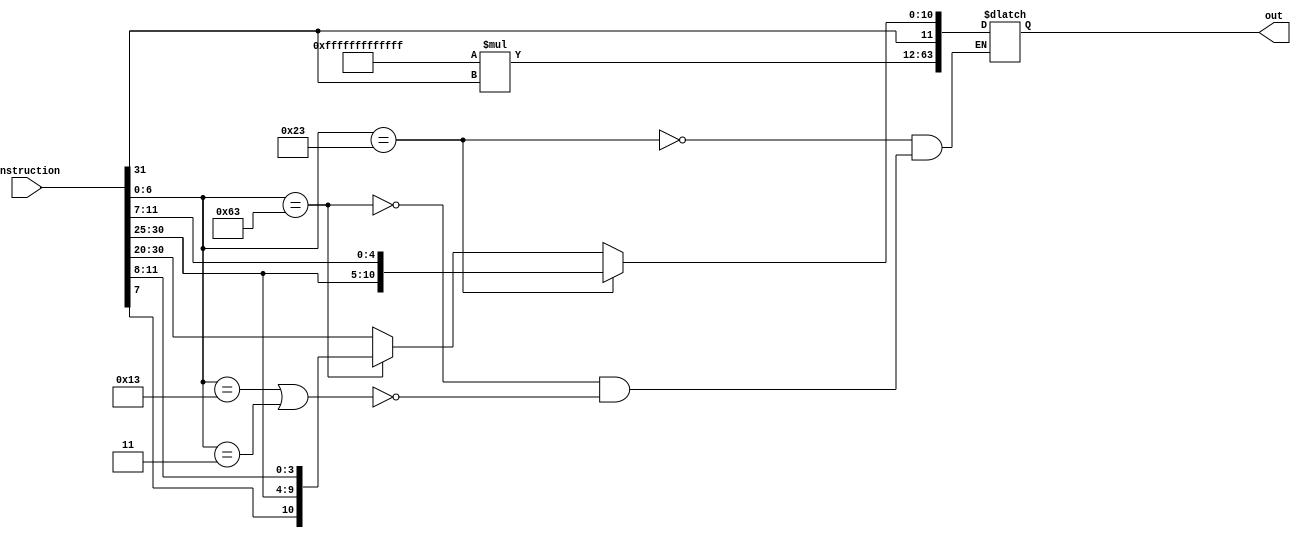
module imm_generate(instruction,out);

input [31:0] instruction;
output reg [63:0] out;
wire [51:0] ext;
wire [6:0] a,op;
wire [4:0] b;
wire [4:0] b1;
assign op=instruction[6:0];
assign ext=-1;
// out={ext*(instruction[31]),instruction[31:20]};
always @(op or instruction)
begin
    if(op==7'b0010011 || op==7'b0000011 )
    begin
     out={ext*(instruction[31]),instruction[31:20]};
    end
    if(op==7'b1100011)
    begin
     out={ext*(instruction[31]),instruction[31],instruction[7],instruction[30:25],instruction[11:8]};
    end
    if(op==7'b0100011)
    begin
     out={ext*(instruction[31]),instruction[31:25],instruction[11:7]};
    end
end


endmodule
//test bench for the immediate instruction
/*
module tb();
reg [31:0] instruction;
wire [63:0] out;
imm_generate f(instruction,out);
initial begin
    $monitor($time,"out :%b,in :%d",out,instruction);
    #5 instruction=0;
    #5 instruction=4567678056;
    #5 $finish;
end
endmodule
*/